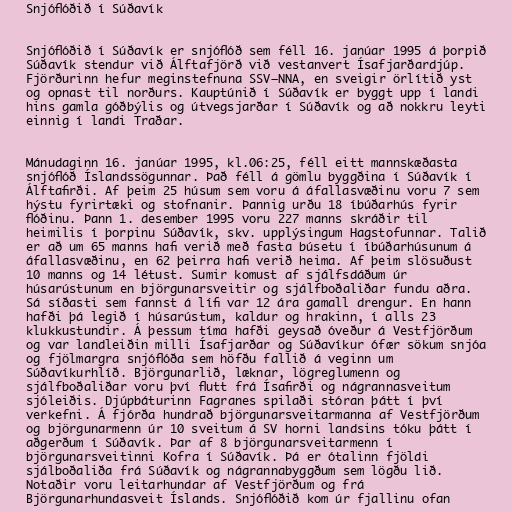
Snjóflóðið í Súðavík

Snjóflóðið í Súðavík er snjóflóð sem féll 16. janúar 1995 á þorpið
Súðavík stendur við Álftafjörð við vestanvert Ísafjarðardjúp.
Fjörðurinn hefur meginstefnuna SSV–NNA, en sveigir örlítið yst
og opnast til norðurs. Kauptúnið í Súðavík er byggt upp í landi
hins gamla góðbýlis og útvegsjarðar í Súðavík og að nokkru leyti
einnig í landi Traðar.

Mánudaginn 16. janúar 1995, kl.06:25, féll eitt mannskæðasta
snjóflóð Íslandssögunnar. Það féll á gömlu byggðina í Súðavík í
Álftafirði. Af þeim 25 húsum sem voru á áfallasvæðinu voru 7 sem
hýstu fyrirtæki og stofnanir. Þannig urðu 18 íbúðarhús fyrir
flóðinu. Þann 1. desember 1995 voru 227 manns skráðir til
heimilis í þorpinu Súðavík, skv. upplýsingum Hagstofunnar. Talið
er að um 65 manns hafi verið með fasta búsetu í íbúðarhúsunum á
áfallasvæðinu, en 62 þeirra hafi verið heima. Af þeim slösuðust
10 manns og 14 létust. Sumir komust af sjálfsdáðum úr
húsarústunum en björgunarsveitir og sjálfboðaliðar fundu aðra.
Sá síðasti sem fannst á lífi var 12 ára gamall drengur. En hann
hafði þá legið í húsarústum, kaldur og hrakinn, í alls 23
klukkustundir. Á þessum tíma hafði geysað óveður á Vestfjörðum
og var landleiðin milli Ísafjarðar og Súðavíkur ófær sökum snjóa
og fjölmargra snjóflóða sem höfðu fallið á veginn um
Súðavíkurhlíð. Björgunarlið, læknar, lögreglumenn og
sjálfboðaliðar voru því flutt frá Ísafirði og nágrannasveitum
sjóleiðis. Djúpbáturinn Fagranes spilaði stóran þátt í því
verkefni. Á fjórða hundrað björgunarsveitarmanna af Vestfjörðum
og björgunarmenn úr 10 sveitum á SV horni landsins tóku þátt í
aðgerðum í Súðavík. Þar af 8 björgunarsveitarmenn í
björgunarsveitinni Kofra í Súðavík. Þá er ótalinn fjöldi
sjálboðaliða frá Súðavík og nágrannabyggðum sem lögðu lið.
Notaðir voru leitarhundar af Vestfjörðum og frá
Björgunarhundasveit Íslands. Snjóflóðið kom úr fjallinu ofan